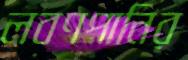
লবণপানির